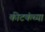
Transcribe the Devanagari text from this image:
कीटकंच्या